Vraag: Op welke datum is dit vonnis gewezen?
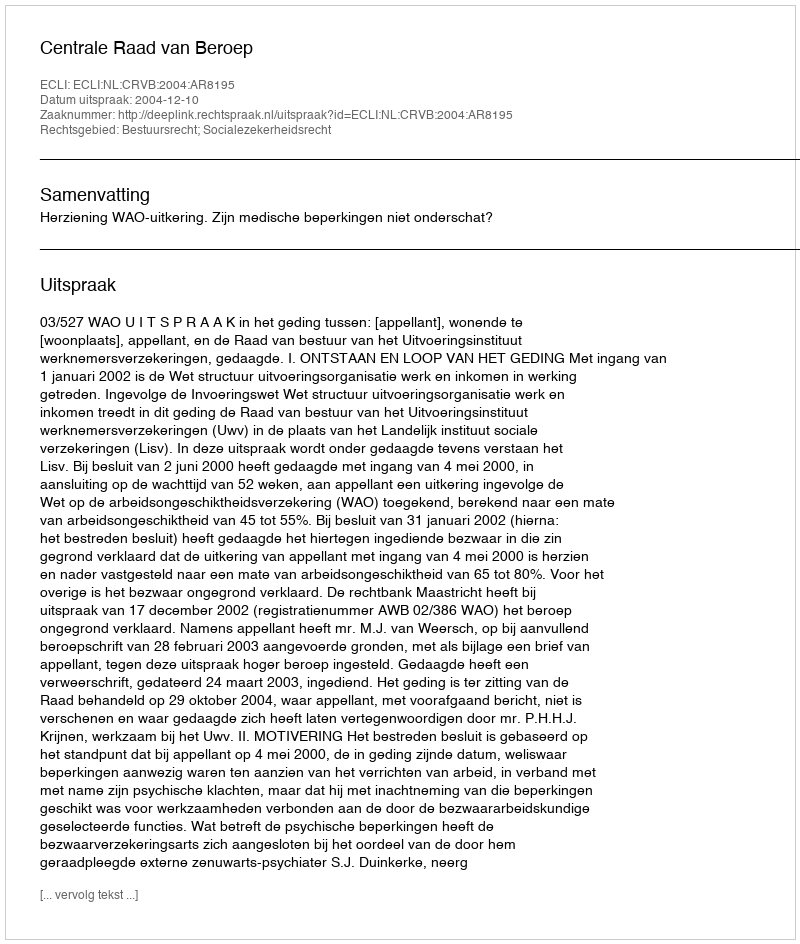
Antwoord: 2004-12-10